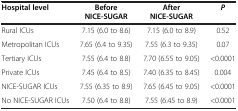
| Hospital level | Before NICE-SUGAR | After NICE-SUGAR | P |
 | --- | --- | --- | --- |
 | Rural ICUs | 7.15 (6.0 to 8.6) | 7.15 (6.0 to 8.9) | 0.52 |
 | Metropolitan ICUs | 7.65 (6.4 to 9.35) | 7.55 (6.3 to 9.35) | 0.07 |
 | Tertiary ICUs | 7.55 (6.4 to 8.8) | 7.70 (6.55 to 9.05) | <0.0001 |
 | Private ICUs | 7.45 (6.4 to 8.5) | 7.40 (6.35 to 8.45) | 0.004 |
 | NICE-SUGAR ICUs | 7.55 (6.35 to 8.9) | 7.65 (6.45 to 9.05) | <0.0001 |
 | No NICE-SUGAR ICUs | 7.50 (6.4 to 8.8) | 7.55 (6.45 to 8.9) | <0.0001 |